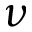
\nu